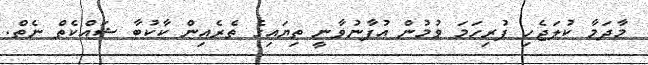
މާދަމާ ކުލަޖެހި ފުރިހަމަ ވުމުން އުފާނުވާނީ ތިޔައިގެ ތެރެއިން ކާކުބާ ޝައްކެތް ނެތް.